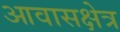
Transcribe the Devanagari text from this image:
आवासक्षेत्र